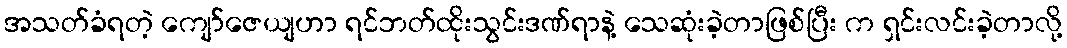
အသတ်ခံရတဲ့ ကျော်ဇေယျဟာ ရင်ဘတ်ထိုးသွင်းဒဏ်ရာနဲ့ သေဆုံးခဲ့တာဖြစ်ပြီး က ရှင်းလင်းခဲ့တာလို့